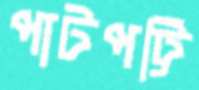
পাটপট্টি